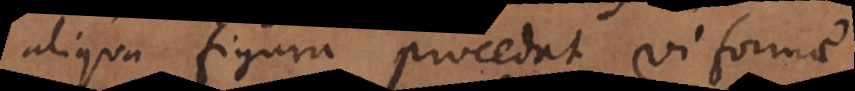
aliqua figura procedat vi formae,